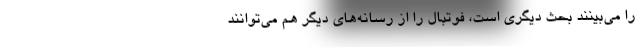
را می‌بینند بحث دیگری است، فوتبال را از رسانه‌های دیگر هم می‌توانند